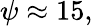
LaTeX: \psi\approx 15,